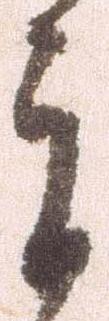
郎